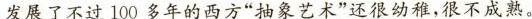
发展了不过 100多年的西方“抽象艺术”还很幼稚,很不成熟。